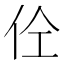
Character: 𱎨